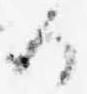
る